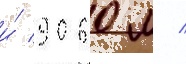
и́ 9060 м /